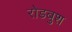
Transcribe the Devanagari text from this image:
रोडबुश